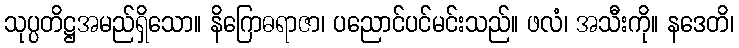
သုပ္ပတိဋ္ဌအမည်ရှိသော။ နိဂြောဓရာဇာ၊ ပညောင်ပင်မင်းသည်။ ဖလံ၊ အသီးကို။ နဒေတိ၊